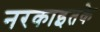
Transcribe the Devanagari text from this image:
नरकाइतके